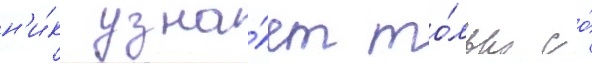
н'и́к узна́ет то́лько со́